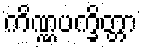
ကိဏ္ဏပက္ခိတ္တာ